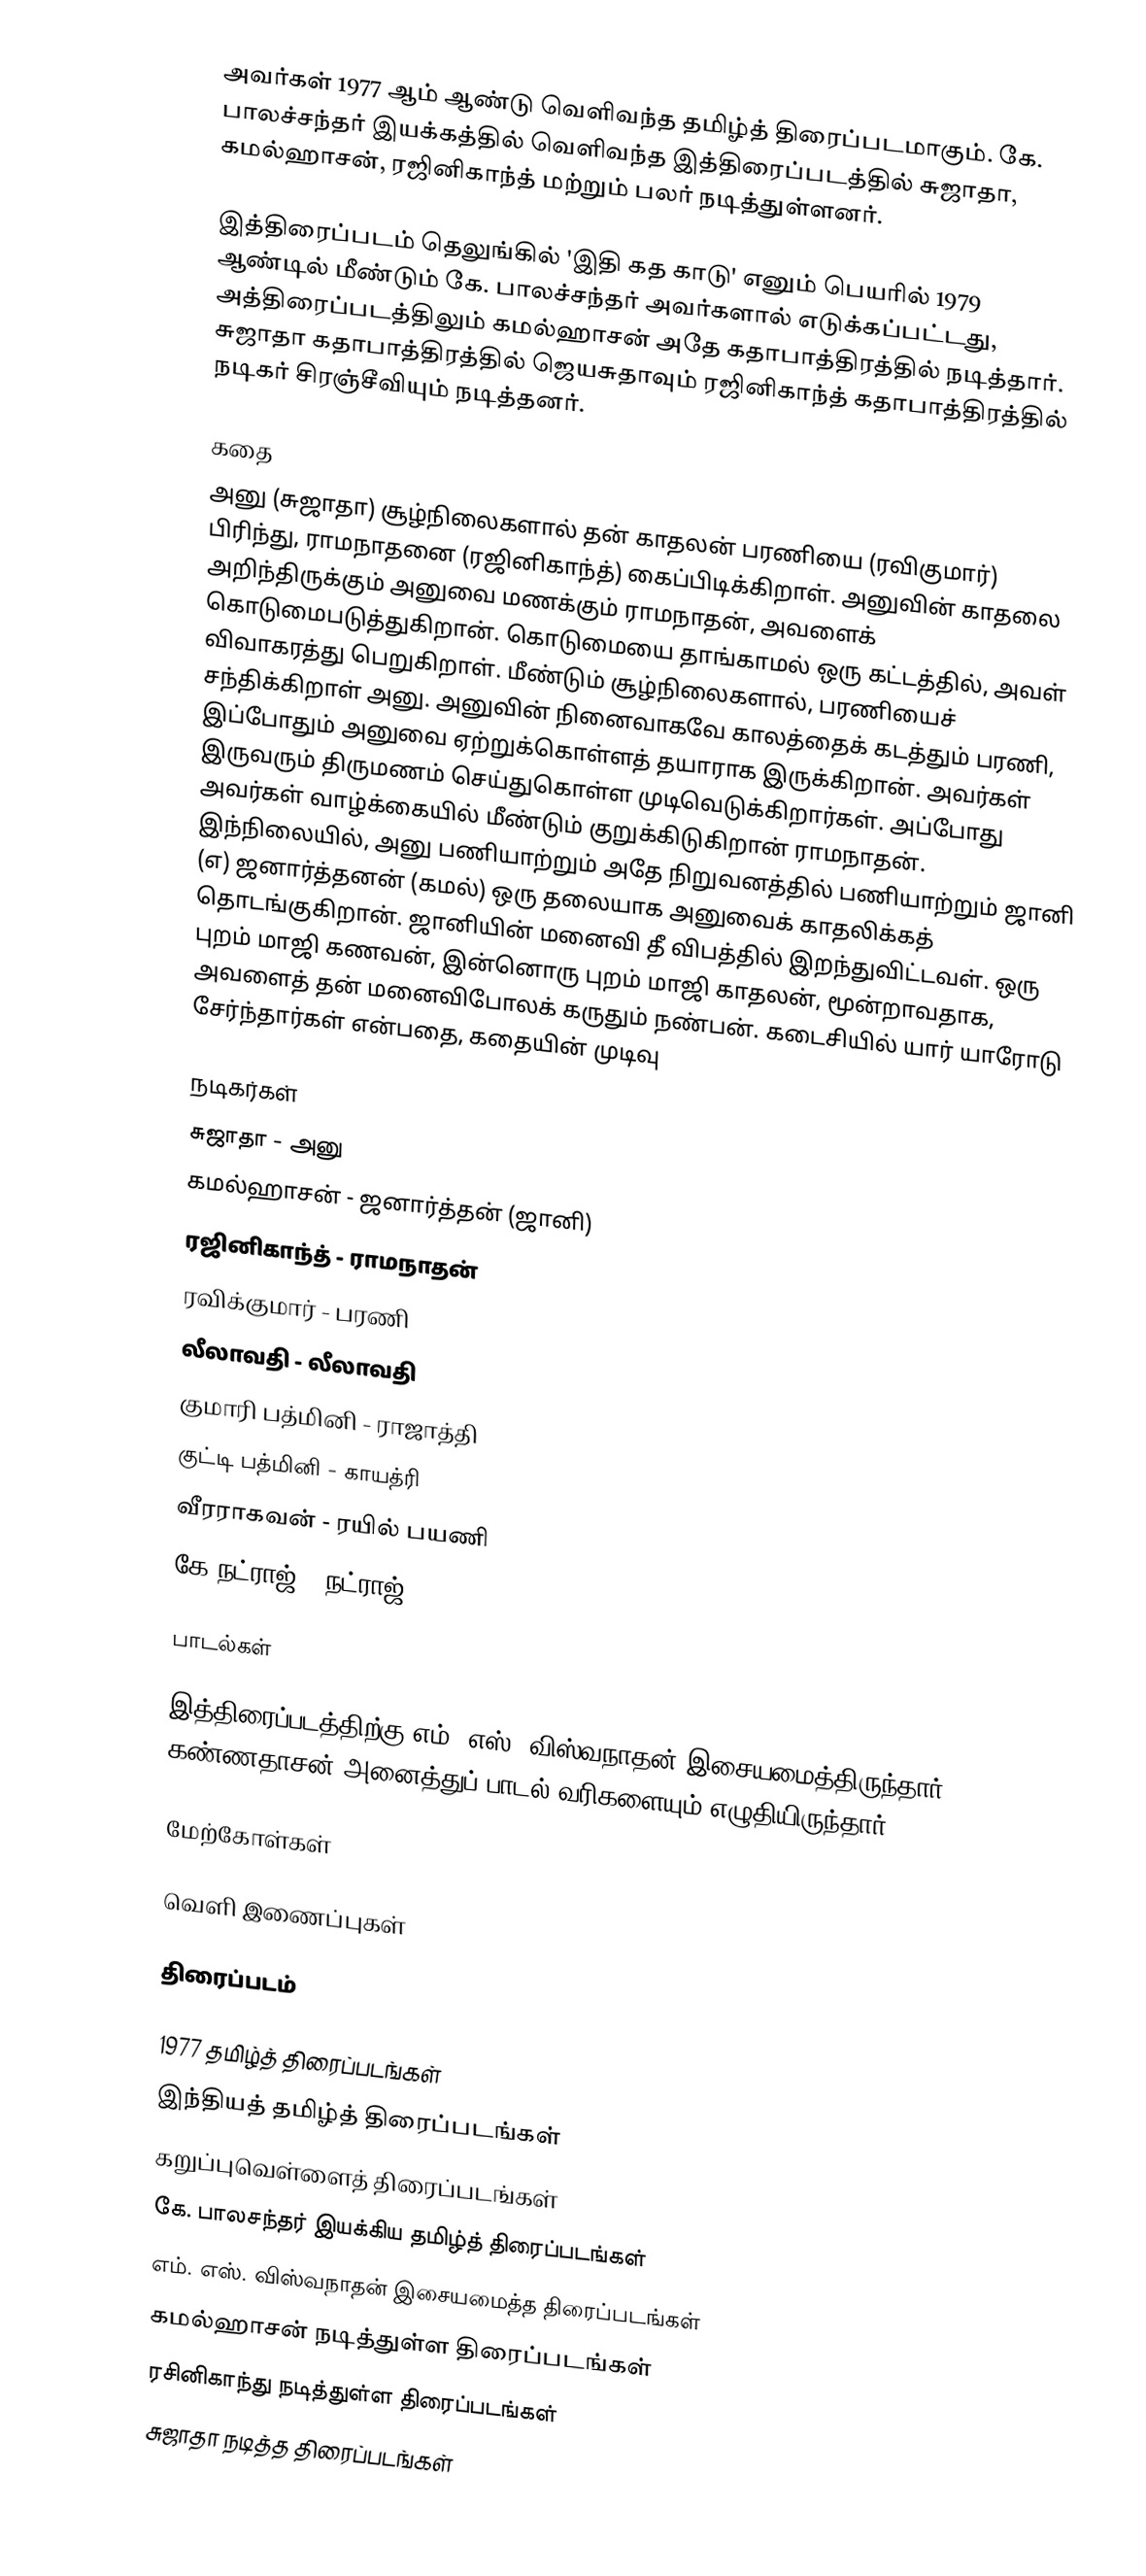
அவர்கள் 1977 ஆம் ஆண்டு வெளிவந்த தமிழ்த் திரைப்படமாகும். கே. பாலச்சந்தர் இயக்கத்தில் வெளிவந்த இத்திரைப்படத்தில் சுஜாதா, கமல்ஹாசன், ரஜினிகாந்த் மற்றும் பலர் நடித்துள்ளனர்.

இத்திரைப்படம் தெலுங்கில் 'இதி கத காடு' எனும் பெயரில் 1979 ஆண்டில்  மீண்டும் கே. பாலச்சந்தர் அவர்களால் எடுக்கப்பட்டது, அத்திரைப்படத்திலும் கமல்ஹாசன் அதே கதாபாத்திரத்தில் நடித்தார். சுஜாதா கதாபாத்திரத்தில் ஜெயசுதாவும் ரஜினிகாந்த் கதாபாத்திரத்தில் நடிகர் சிரஞ்சீவியும் நடித்தனர்.

கதை
அனு (சுஜாதா) சூழ்நிலைகளால் தன் காதலன் பரணியை (ரவிகுமார்) பிரிந்து, ராமநாதனை (ரஜினிகாந்த்) கைப்பிடிக்கிறாள். அனுவின் காதலை அறிந்திருக்கும் அனுவை மணக்கும் ராமநாதன், அவளைக் கொடுமைபடுத்துகிறான். கொடுமையை தாங்காமல் ஒரு கட்டத்தில், அவள் விவாகரத்து பெறுகிறாள். மீண்டும் சூழ்நிலைகளால், பரணியைச் சந்திக்கிறாள் அனு. அனுவின் நினைவாகவே காலத்தைக் கடத்தும் பரணி, இப்போதும் அனுவை ஏற்றுக்கொள்ளத் தயாராக இருக்கிறான். அவர்கள் இருவரும் திருமணம் செய்துகொள்ள முடிவெடுக்கிறார்கள். அப்போது அவர்கள் வாழ்க்கையில் மீண்டும் குறுக்கிடுகிறான் ராமநாதன். இந்நிலையில், அனு பணியாற்றும் அதே நிறுவனத்தில் பணியாற்றும் ஜானி (எ) ஜனார்த்தனன் (கமல்) ஒரு தலையாக அனுவைக் காதலிக்கத் தொடங்குகிறான். ஜானியின் மனைவி தீ விபத்தில் இறந்துவிட்டவள். ஒரு புறம் மாஜி கணவன், இன்னொரு புறம் மாஜி காதலன், மூன்றாவதாக, அவளைத் தன் மனைவிபோலக் கருதும் நண்பன். கடைசியில் யார் யாரோடு சேர்ந்தார்கள் என்பதை, கதையின் முடிவு

நடிகர்கள்
சுஜாதா - அனு
கமல்ஹாசன் - ஜனார்த்தன் (ஜானி)
ரஜினிகாந்த் - ராமநாதன்
ரவிக்குமார் - பரணி
லீலாவதி - லீலாவதி
குமாரி பத்மினி - ராஜாத்தி
குட்டி பத்மினி - காயத்ரி
வீரராகவன் - ரயில் பயணி
கே நட்ராஜ் - நட்ராஜ்

பாடல்கள்

இத்திரைப்படத்திற்கு எம். எஸ். விஸ்வநாதன் இசையமைத்திருந்தார். கண்ணதாசன் அனைத்துப் பாடல் வரிகளையும் எழுதியிருந்தார்.

மேற்கோள்கள்

வெளி இணைப்புகள்

திரைப்படம்

1977 தமிழ்த் திரைப்படங்கள்
இந்தியத் தமிழ்த் திரைப்படங்கள்
கறுப்புவெள்ளைத் திரைப்படங்கள்
கே. பாலசந்தர் இயக்கிய தமிழ்த் திரைப்படங்கள்
எம். எஸ். விஸ்வநாதன் இசையமைத்த திரைப்படங்கள்
கமல்ஹாசன் நடித்துள்ள திரைப்படங்கள்
ரசினிகாந்து நடித்துள்ள திரைப்படங்கள்
சுஜாதா நடித்த திரைப்படங்கள்